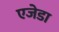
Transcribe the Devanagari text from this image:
एजेडा